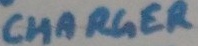
Text: CHARGER